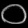
Digit: ၀